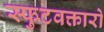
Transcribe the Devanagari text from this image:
स्फुटवक्तारो